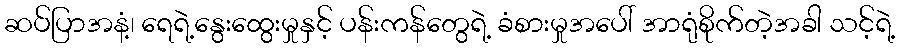
ဆပ်ပြာအနံ့၊ ရေရဲ့နွေးထွေးမှုနှင့် ပန်းကန်တွေရဲ့ ခံစားမှုအပေါ် အာရုံစိုက်တဲ့အခါ သင့်ရဲ့